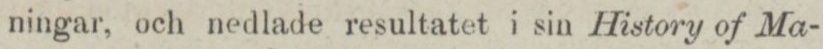
ningar, och nedlade resultatet i sin History of Ma-